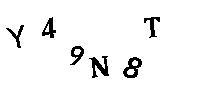
Y49N8T